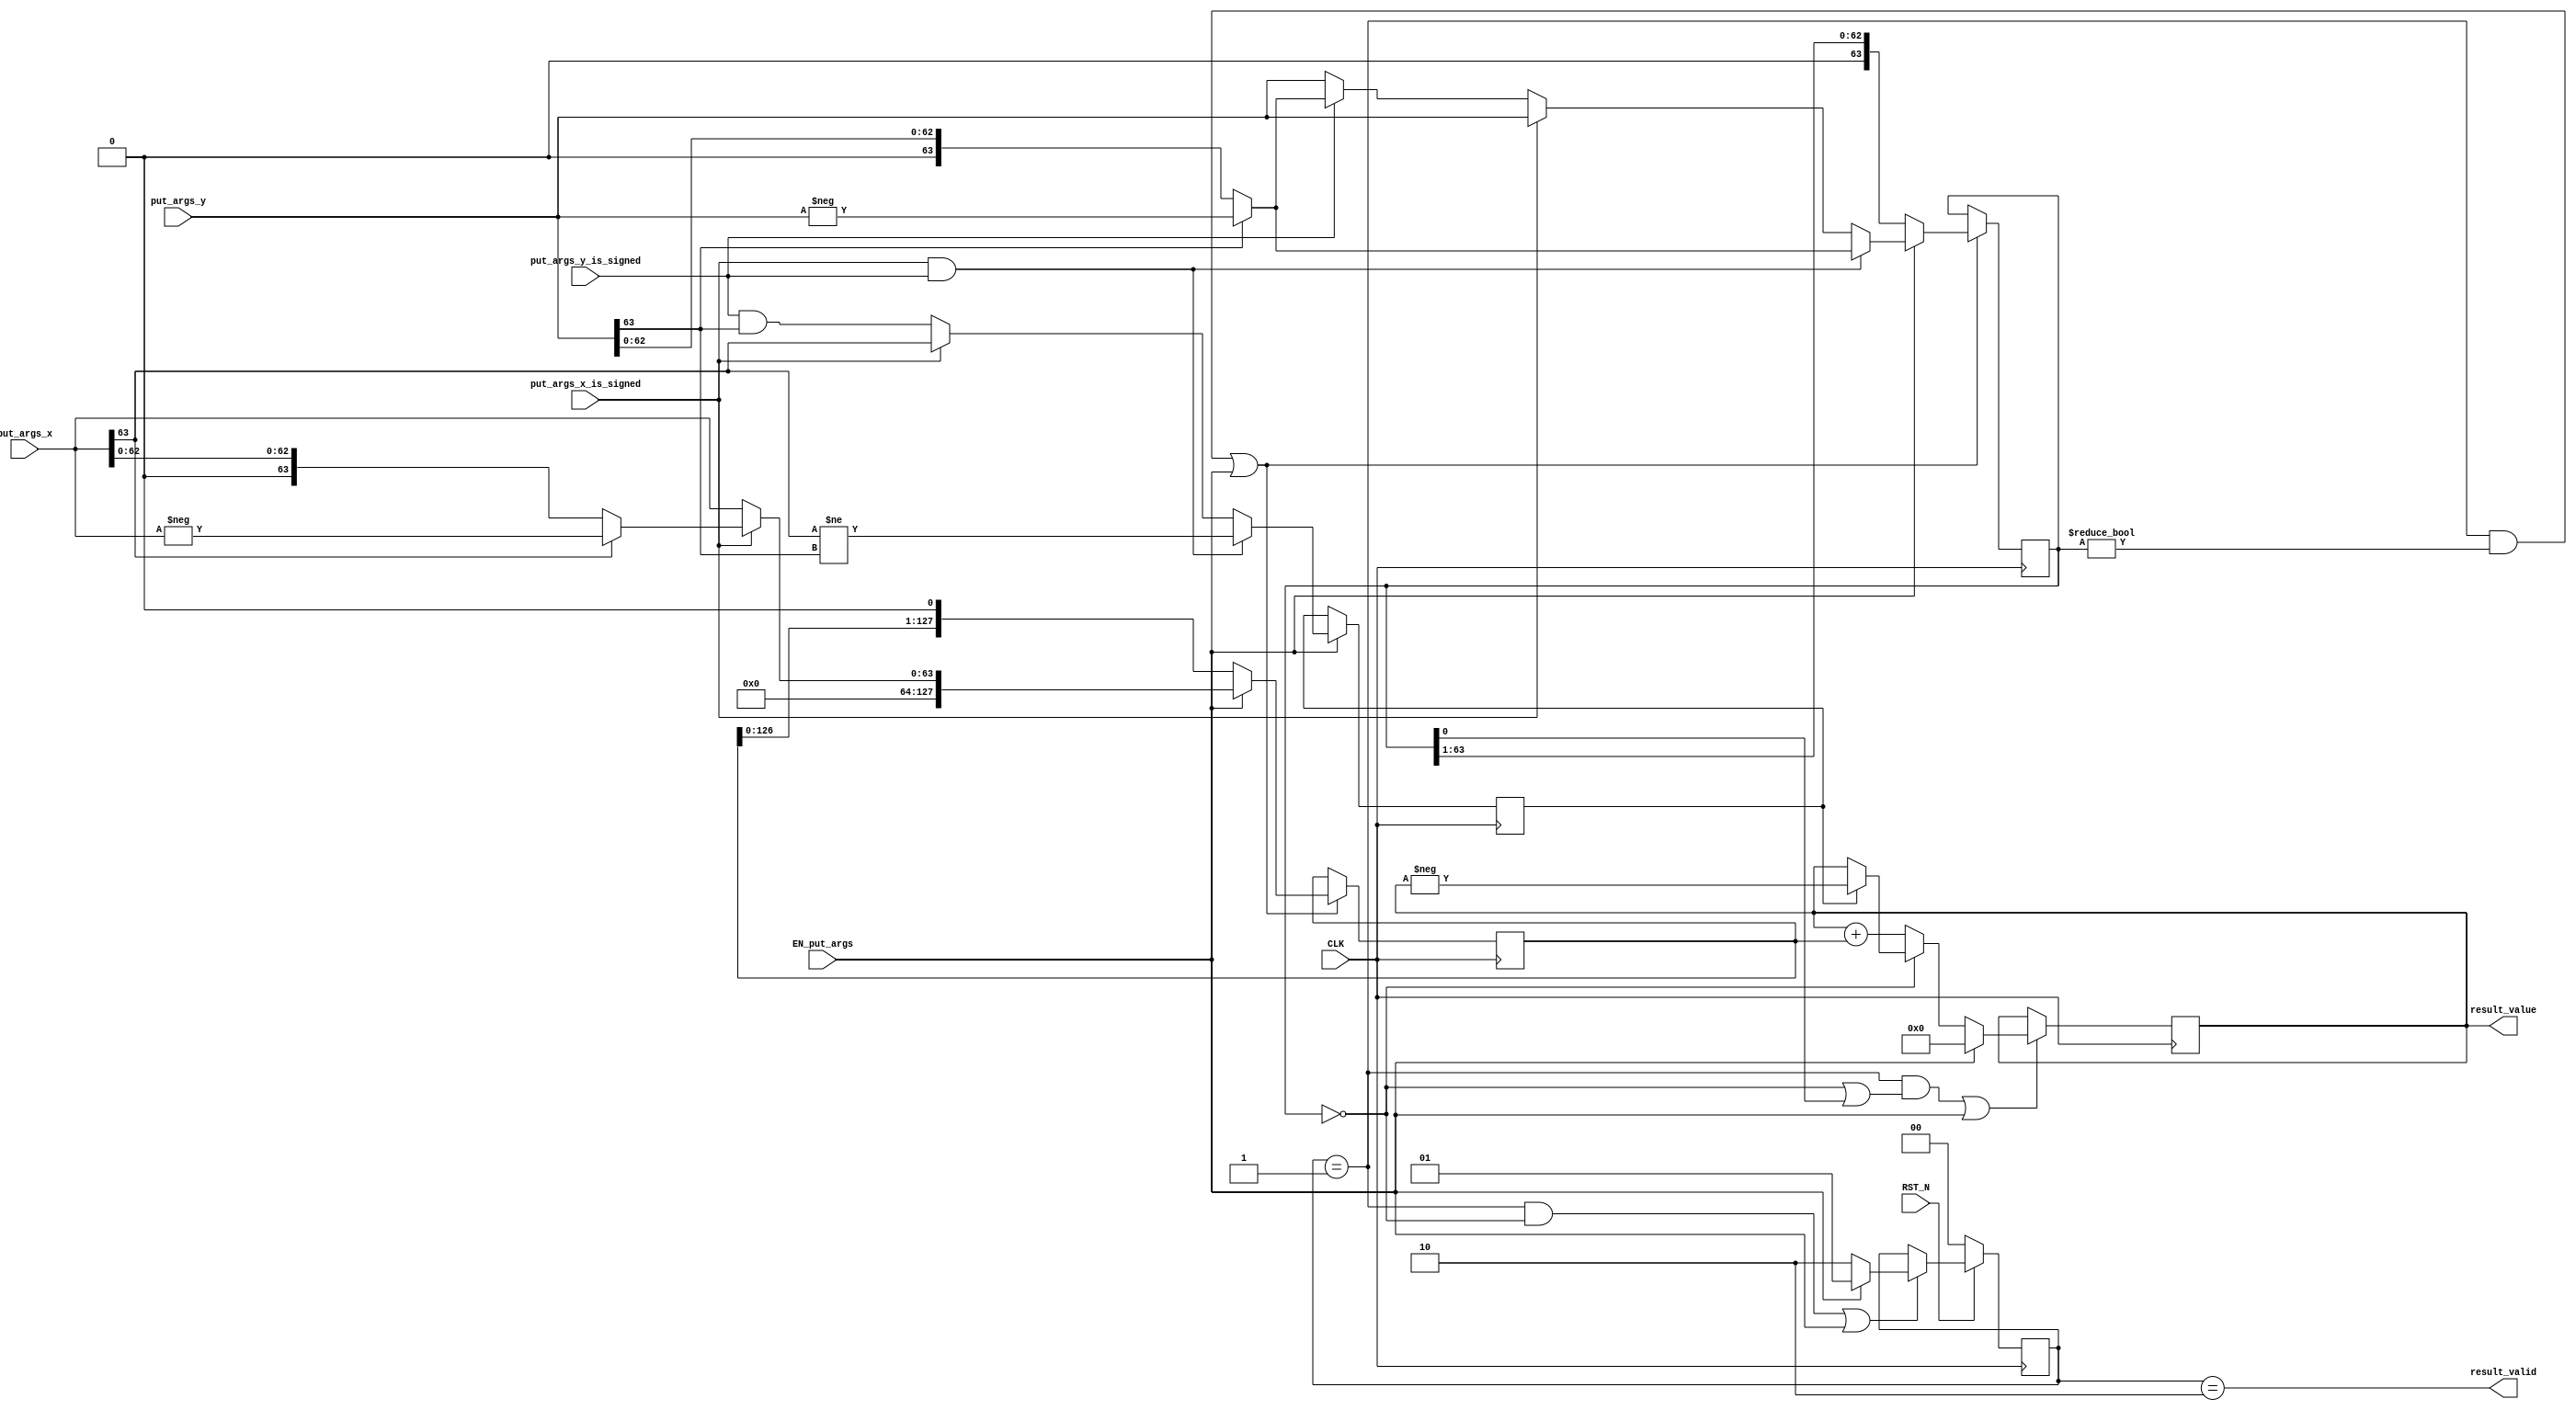
//
// Generated by Bluespec Compiler, version 2019.05.beta2 (build a88bf40db, 2019-05-24)
//
//
//
//
// Ports:
// Name                         I/O  size props
// result_valid                   O     1
// result_value                   O   128 reg
// CLK                            I     1 clock
// RST_N                          I     1 reset
// put_args_x_is_signed           I     1
// put_args_x                     I    64
// put_args_y_is_signed           I     1
// put_args_y                     I    64
// EN_put_args                    I     1
//
// No combinational paths from inputs to outputs
//
//

`ifdef BSV_ASSIGNMENT_DELAY
`else
  `define BSV_ASSIGNMENT_DELAY
`endif

`ifdef BSV_POSITIVE_RESET
  `define BSV_RESET_VALUE 1'b1
  `define BSV_RESET_EDGE posedge
`else
  `define BSV_RESET_VALUE 1'b0
  `define BSV_RESET_EDGE negedge
`endif

module mkIntMul_64(CLK,
		   RST_N,

		   put_args_x_is_signed,
		   put_args_x,
		   put_args_y_is_signed,
		   put_args_y,
		   EN_put_args,

		   result_valid,

		   result_value);
  input  CLK;
  input  RST_N;

  // action method put_args
  input  put_args_x_is_signed;
  input  [63 : 0] put_args_x;
  input  put_args_y_is_signed;
  input  [63 : 0] put_args_y;
  input  EN_put_args;

  // value method result_valid
  output result_valid;

  // value method result_value
  output [127 : 0] result_value;

  // signals for module outputs
  wire [127 : 0] result_value;
  wire result_valid;

  // register m_rg_isNeg
  reg m_rg_isNeg;
  wire m_rg_isNeg$D_IN, m_rg_isNeg$EN;

  // register m_rg_signed
  reg m_rg_signed;
  wire m_rg_signed$D_IN, m_rg_signed$EN;

  // register m_rg_state
  reg [1 : 0] m_rg_state;
  wire [1 : 0] m_rg_state$D_IN;
  wire m_rg_state$EN;

  // register m_rg_x
  reg [127 : 0] m_rg_x;
  wire [127 : 0] m_rg_x$D_IN;
  wire m_rg_x$EN;

  // register m_rg_xy
  reg [127 : 0] m_rg_xy;
  wire [127 : 0] m_rg_xy$D_IN;
  wire m_rg_xy$EN;

  // register m_rg_y
  reg [63 : 0] m_rg_y;
  wire [63 : 0] m_rg_y$D_IN;
  wire m_rg_y$EN;

  // rule scheduling signals
  wire CAN_FIRE_RL_m_compute,
       CAN_FIRE_put_args,
       WILL_FIRE_RL_m_compute,
       WILL_FIRE_put_args;

  // inputs to muxes for submodule ports
  wire [127 : 0] MUX_m_rg_x$write_1__VAL_1,
		 MUX_m_rg_x$write_1__VAL_2,
		 MUX_m_rg_xy$write_1__VAL_2;
  wire [63 : 0] MUX_m_rg_y$write_1__VAL_1, MUX_m_rg_y$write_1__VAL_2;

  // remaining internal signals
  wire [127 : 0] x__h271, x__h364, xy___1__h288;
  wire [63 : 0] _theResult___fst__h525,
		_theResult___fst__h528,
		_theResult___fst__h570,
		_theResult___fst__h573,
		_theResult___snd_fst__h565;
  wire IF_put_args_x_is_signed_THEN_put_args_x_BIT_63_ETC___d34;

  // action method put_args
  assign CAN_FIRE_put_args = 1'd1 ;
  assign WILL_FIRE_put_args = EN_put_args ;

  // value method result_valid
  assign result_valid = m_rg_state == 2'd2 ;

  // value method result_value
  assign result_value = m_rg_xy ;

  // rule RL_m_compute
  assign CAN_FIRE_RL_m_compute = m_rg_state == 2'd1 ;
  assign WILL_FIRE_RL_m_compute = CAN_FIRE_RL_m_compute ;

  // inputs to muxes for submodule ports
  assign MUX_m_rg_x$write_1__VAL_1 = { 64'd0, _theResult___fst__h525 } ;
  assign MUX_m_rg_x$write_1__VAL_2 = { m_rg_x[126:0], 1'd0 } ;
  assign MUX_m_rg_xy$write_1__VAL_2 = (m_rg_y == 64'd0) ? x__h271 : x__h364 ;
  assign MUX_m_rg_y$write_1__VAL_1 =
	     (put_args_x_is_signed && put_args_y_is_signed) ?
	       _theResult___fst__h573 :
	       _theResult___snd_fst__h565 ;
  assign MUX_m_rg_y$write_1__VAL_2 = { 1'd0, m_rg_y[63:1] } ;

  // register m_rg_isNeg
  assign m_rg_isNeg$D_IN =
	     (put_args_x_is_signed && put_args_y_is_signed) ?
	       put_args_x[63] != put_args_y[63] :
	       IF_put_args_x_is_signed_THEN_put_args_x_BIT_63_ETC___d34 ;
  assign m_rg_isNeg$EN = EN_put_args ;

  // register m_rg_signed
  assign m_rg_signed$D_IN = 1'b0 ;
  assign m_rg_signed$EN = 1'b0 ;

  // register m_rg_state
  assign m_rg_state$D_IN = EN_put_args ? 2'd1 : 2'd2 ;
  assign m_rg_state$EN =
	     WILL_FIRE_RL_m_compute && m_rg_y == 64'd0 || EN_put_args ;

  // register m_rg_x
  assign m_rg_x$D_IN =
	     EN_put_args ?
	       MUX_m_rg_x$write_1__VAL_1 :
	       MUX_m_rg_x$write_1__VAL_2 ;
  assign m_rg_x$EN =
	     WILL_FIRE_RL_m_compute && m_rg_y != 64'd0 || EN_put_args ;

  // register m_rg_xy
  assign m_rg_xy$D_IN = EN_put_args ? 128'd0 : MUX_m_rg_xy$write_1__VAL_2 ;
  assign m_rg_xy$EN =
	     WILL_FIRE_RL_m_compute && (m_rg_y == 64'd0 || m_rg_y[0]) ||
	     EN_put_args ;

  // register m_rg_y
  assign m_rg_y$D_IN =
	     EN_put_args ?
	       MUX_m_rg_y$write_1__VAL_1 :
	       MUX_m_rg_y$write_1__VAL_2 ;
  assign m_rg_y$EN =
	     WILL_FIRE_RL_m_compute && m_rg_y != 64'd0 || EN_put_args ;

  // remaining internal signals
  assign IF_put_args_x_is_signed_THEN_put_args_x_BIT_63_ETC___d34 =
	     put_args_x_is_signed ?
	       put_args_x[63] :
	       put_args_y_is_signed && put_args_y[63] ;
  assign _theResult___fst__h525 =
	     put_args_x_is_signed ? _theResult___fst__h528 : put_args_x ;
  assign _theResult___fst__h528 = put_args_x[63] ? -put_args_x : put_args_x ;
  assign _theResult___fst__h570 =
	     put_args_y_is_signed ? _theResult___fst__h573 : put_args_y ;
  assign _theResult___fst__h573 = put_args_y[63] ? -put_args_y : put_args_y ;
  assign _theResult___snd_fst__h565 =
	     put_args_x_is_signed ? put_args_y : _theResult___fst__h570 ;
  assign x__h271 = m_rg_isNeg ? xy___1__h288 : m_rg_xy ;
  assign x__h364 = m_rg_xy + m_rg_x ;
  assign xy___1__h288 = -m_rg_xy ;

  // handling of inlined registers

  always@(posedge CLK)
  begin
    if (RST_N == `BSV_RESET_VALUE)
      begin
        m_rg_state <= `BSV_ASSIGNMENT_DELAY 2'd0;
      end
    else
      begin
        if (m_rg_state$EN)
	  m_rg_state <= `BSV_ASSIGNMENT_DELAY m_rg_state$D_IN;
      end
    if (m_rg_isNeg$EN) m_rg_isNeg <= `BSV_ASSIGNMENT_DELAY m_rg_isNeg$D_IN;
    if (m_rg_signed$EN) m_rg_signed <= `BSV_ASSIGNMENT_DELAY m_rg_signed$D_IN;
    if (m_rg_x$EN) m_rg_x <= `BSV_ASSIGNMENT_DELAY m_rg_x$D_IN;
    if (m_rg_xy$EN) m_rg_xy <= `BSV_ASSIGNMENT_DELAY m_rg_xy$D_IN;
    if (m_rg_y$EN) m_rg_y <= `BSV_ASSIGNMENT_DELAY m_rg_y$D_IN;
  end

  // synopsys translate_off
  `ifdef BSV_NO_INITIAL_BLOCKS
  `else // not BSV_NO_INITIAL_BLOCKS
  initial
  begin
    m_rg_isNeg = 1'h0;
    m_rg_signed = 1'h0;
    m_rg_state = 2'h2;
    m_rg_x = 128'hAAAAAAAAAAAAAAAAAAAAAAAAAAAAAAAA;
    m_rg_xy = 128'hAAAAAAAAAAAAAAAAAAAAAAAAAAAAAAAA;
    m_rg_y = 64'hAAAAAAAAAAAAAAAA;
  end
  `endif // BSV_NO_INITIAL_BLOCKS
  // synopsys translate_on
endmodule  // mkIntMul_64